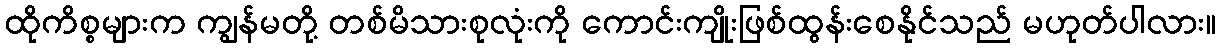
ထိုကိစ္စများက ကျွန်မတို့ တစ်မိသားစုလုံးကို ကောင်းကျိုးဖြစ်ထွန်းစေနိုင်သည် မဟုတ်ပါလား။